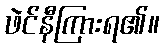
ဖဲင်နီကြားရ၏။